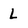
Character: L